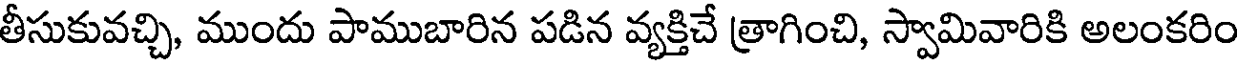
తీసుకువచ్చి, ముందు పాముబారిన పడిన వ్యక్తిచే త్రాగించి, స్వామివారికి అలంకరిం